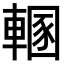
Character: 𨍲